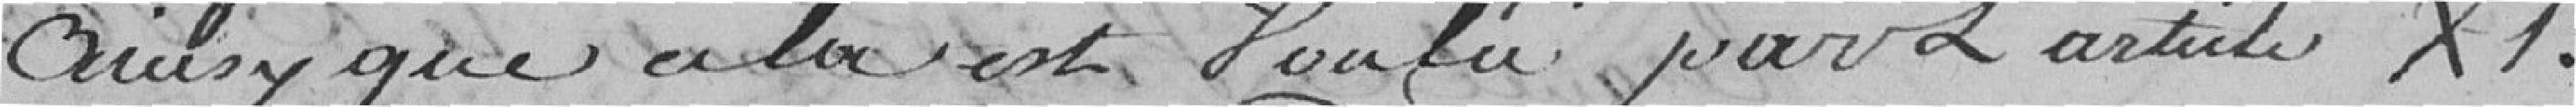
ainsi que cela res voulu par l'article XI.